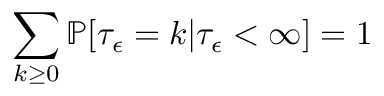
\sum _ { k \ge 0 } \mathbb { P } [ \tau _ { \epsilon } = k | \tau _ { \epsilon } < \infty ] = 1